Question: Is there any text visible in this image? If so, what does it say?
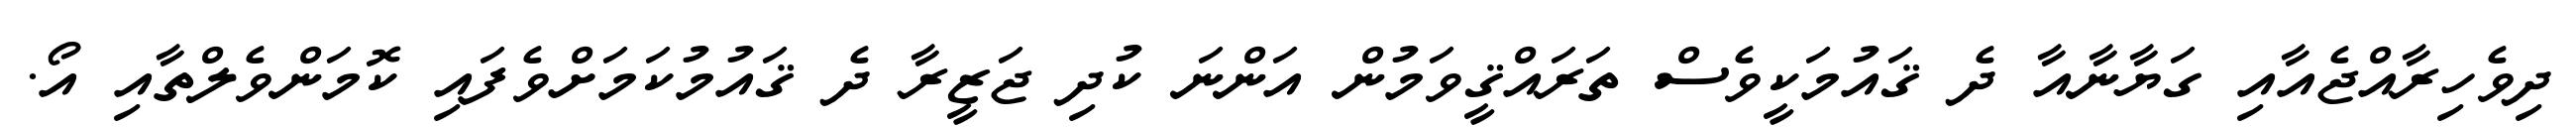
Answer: ދިވެހިރާއްޖެއާއި ގަޔާނާއާ ދެ ޤައުމަކީވެސް ތަރައްޤީވަމުން އަންނަ ކުދި ޖަޒީރާ ދެ ޤައުމުކަމަށްވެފައި ކޮމަންވެލްތާއި އޯ.